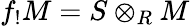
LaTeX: f_{!}M=S\otimes_{R}M